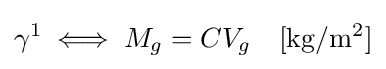
\gamma ^{1}\iff M_{g}=CV_{g}\quad \mathrm {[kg/m^{2}]}